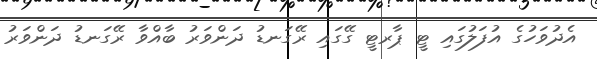
އެދުވަހުގެ އުފަލުގައި ޓީ ޕާރޓީ ގޭގައި ރޭގަނޑު ދަންވަރު ބާއްވާ ރޭގަނޑު ދަންވަރު